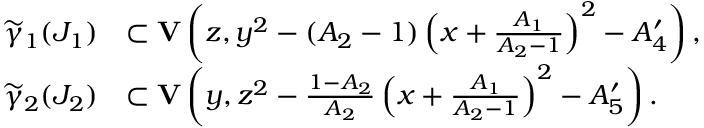
\begin{array} { r l } { \widetilde { \gamma } _ { 1 } ( J _ { 1 } ) } & { \subset { \mathbf { V } } \left( z , y ^ { 2 } - ( A _ { 2 } - 1 ) \left( x + \frac { A _ { 1 } } { A _ { 2 } - 1 } \right) ^ { 2 } - A _ { 4 } ^ { \prime } \right) , } \\ { \widetilde { \gamma } _ { 2 } ( J _ { 2 } ) } & { \subset { \mathbf { V } } \left( y , z ^ { 2 } - \frac { 1 - A _ { 2 } } { A _ { 2 } } \left( x + \frac { A _ { 1 } } { A _ { 2 } - 1 } \right) ^ { 2 } - A _ { 5 } ^ { \prime } \right) . } \end{array}